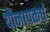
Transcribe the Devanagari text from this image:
यौनापकर्ष